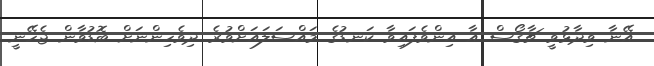
އޭނާ ވިދާޅުވީ ޗާގޯސް އާ އިންވެފައިވާ ކަނޑުގެ މައްސަލައަށްވުރެ ދިވެހިންނަށް ބޮޑުވާން ޖެހޭނީ